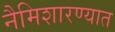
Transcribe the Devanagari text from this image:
नैमिशारण्यात